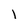
Character: i